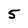
Character: 5